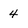
Character: 4